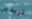
تريدين